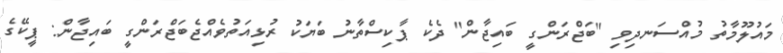
މައުލޫމާތު މުއްސަނދިވި "ބަޖްރަންގީ ބައިޖާން" ދެކެ ޕާކިސްތާނު ބަޔަކު ރުޅިއަތުވެއްޖެބަޖްރަންގީ ބައިޖާން: ޕީކޭގެ